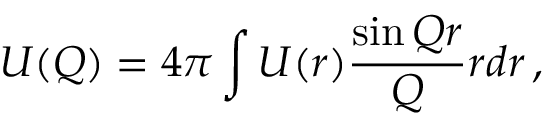
U ( Q ) = 4 \pi \int U ( r ) \frac { \sin Q r } { Q } r d r \, ,